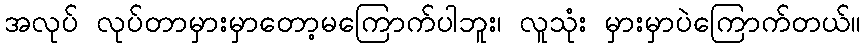
အလုပ် လုပ်တာမှားမှာတော့မကြောက်ပါဘူး၊ လူသုံး မှားမှာပဲကြောက်တယ်။